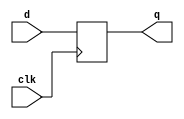
//A D flip-flop is a circuit that stores a bit and is updated periodically, 
//at the (usually) positive edge of a clock signal.

//D flip-flops are created by the logic synthesizer when a clocked always block is used (See alwaysblock2).
//A D flip-flop is the simplest form of "blob of combinational logic followed by a flip-flop" 
//where the combinational logic portion is just a wire.

//Create a single D flip-flop.

module top_module (
    input clk,    // Clocks are used in sequential circuits
    input d,
    output reg q );//

    // Use a clocked always block
    //   copy d to q at every positive edge of clk
    //   Clocked always blocks should use non-blocking assignments
    
    always @(posedge clk) begin
        q <= d;
    end
    
endmodule